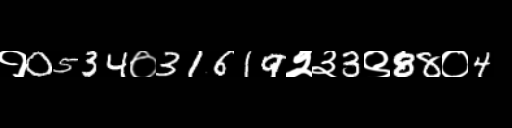
Text: १0534०31619२३3९88०4